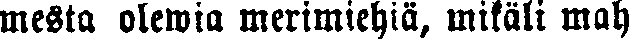
mesta olewia merimiehiä, mikäli mah